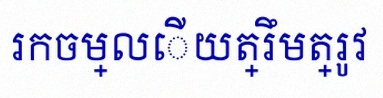
រកចម្លើយត្រឹមត្រូវ